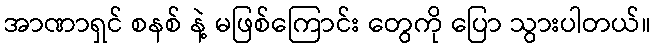
အာဏာရှင် စနစ် နဲ့ မဖြစ်ကြောင်း တွေကို ပြော သွားပါတယ်။